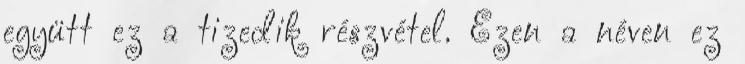
együtt ez a tizedik részvétel. Ezen a néven ez